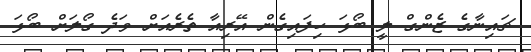
ޗައިނާގެ ޒެންގް ލީ ބޯޅަ ހިފައިގެން އޭރިއާ ތެރެއަށް ވަދެ ގޯލަށް ބޯޅަ